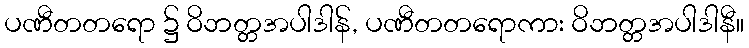
ပဏီတတရော ၌ ဝိဘတ္တအပါဒါန်, ပဏီတတရောကား ဝိဘတ္တအပါဒါနီ။